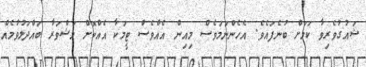
ޝައުގުވެރިވާ ކަމަށް ބުނެފައެވެ. އެހެންނަމަވެސް މިއިން އެއްވެސް ޓީމަކާ އެއްކޮށް މަޝްވަރާ ބައްދަލުވުމެއް